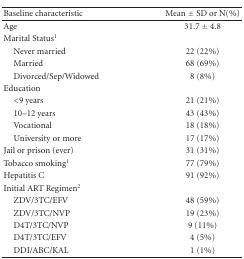
<table><thead><tr><td><b>Baseline characteristic</b></td><td><b>Mean ± SD or N(%)</b></td></tr></thead><tbody><tr><td>Age</td><td>31.7 ± 4.8</td></tr><tr><td>Marital Status<sup>1</sup></td><td></td></tr><tr><td> Never married</td><td>22 (22%)</td></tr><tr><td> Married</td><td>68 (69%)</td></tr><tr><td> Divorced/Sep/Widowed</td><td>8 (8%)</td></tr><tr><td>Education</td><td></td></tr><tr><td> &lt;9 years</td><td>21 (21%)</td></tr><tr><td> 10–12 years</td><td>43 (43%)</td></tr><tr><td> Vocational</td><td>18 (18%)</td></tr><tr><td> University or more</td><td>17 (17%)</td></tr><tr><td> Jail or prison (ever)</td><td>31 (31%)</td></tr><tr><td>Tobacco smoking<sup>1</sup></td><td>77 (79%)</td></tr><tr><td>Hepatitis C</td><td>91 (92%)</td></tr><tr><td>Initial ART Regimen<sup>2</sup></td><td></td></tr><tr><td> ZDV/3TC/EFV</td><td>48 (59%)</td></tr><tr><td> ZDV/3TC/NVP</td><td>19 (23%)</td></tr><tr><td> D4T/3TC/NVP</td><td>9 (11%)</td></tr><tr><td> D4T/3TC/EFV</td><td>4 (5%)</td></tr><tr><td> DDI/ABC/KAL</td><td>1 (1%)</td></tr></tbody></table>